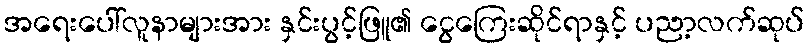
အရေးပေါ်လူနာများအား နှင်းပွင့်ဖြူ၏ ငွေကြေးဆိုင်ရာနှင့် ပညာ့လက်ဆုပ်